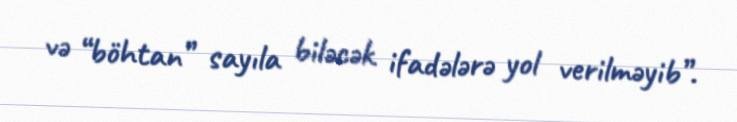
və “böhtan” sayıla biləcək ifadələrə yol verilməyib”.